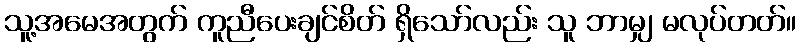
သူ့အမေအတွက် ကူညီပေးချင်စိတ် ရှိသော်လည်း သူ ဘာမျှ မလုပ်တတ်။